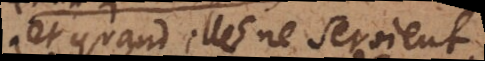
et quand elles ne seroient